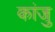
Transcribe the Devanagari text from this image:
कांजु